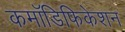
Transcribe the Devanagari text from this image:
कमॉडिफिकेशन